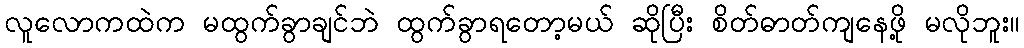
လူလောကထဲက မထွက်ခွာချင်ဘဲ ထွက်ခွာရတော့မယ် ဆိုပြီး စိတ်ဓာတ်ကျနေဖို့ မလိုဘူး။